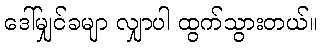
ဒေါ်မျှင်ခမျာ လျှာပါ ထွက်သွားတယ်။